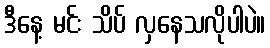
ဒီနေ့ မင်း သိပ် လှနေသလိုပါပဲ။